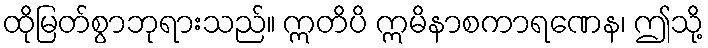
ထိုမြတ်စွာဘုရားသည်။ ဣတိပိ ဣမိနာစကာရဏေန၊ ဤသို့